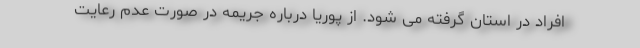
افراد در استان گرفته می شود. از پوریا درباره جریمه در صورت عدم رعایت